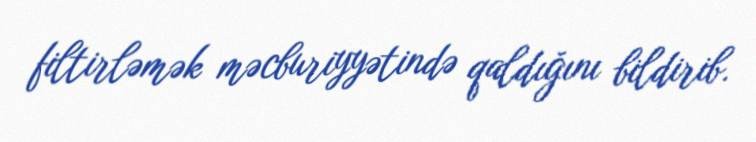
filtirləmək məcburiyyətində qaldığını bildirib.